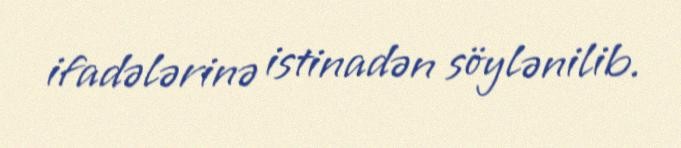
ifadələrinə istinadən söylənilib.